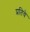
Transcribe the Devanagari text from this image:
प्रतिचे